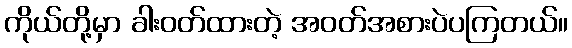
ကိုယ်တို့မှာ ခါးဝတ်ထားတဲ့ အဝတ်အစားပဲပကြတယ်။